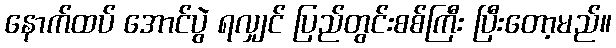
နောက်ထပ် အောင်ပွဲ ရလျှင် ပြည်တွင်းစစ်ကြီး ပြီးတော့မည်။